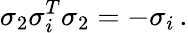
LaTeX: \sigma_{2}\sigma_{i}^{T}\sigma_{2}=-\sigma_{i}\, .